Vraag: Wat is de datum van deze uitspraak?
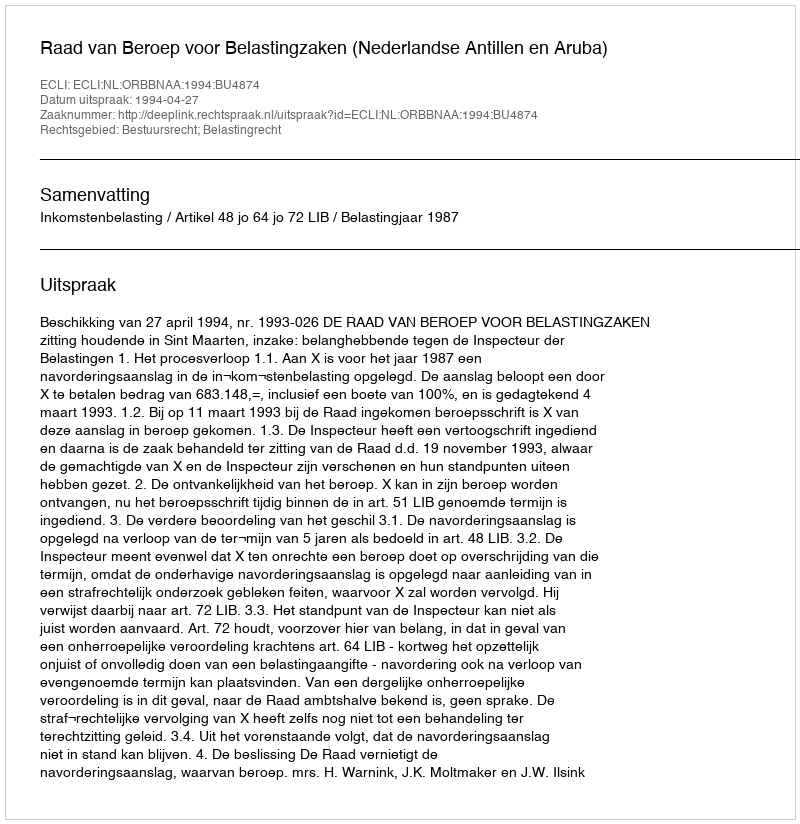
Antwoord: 1994-04-27